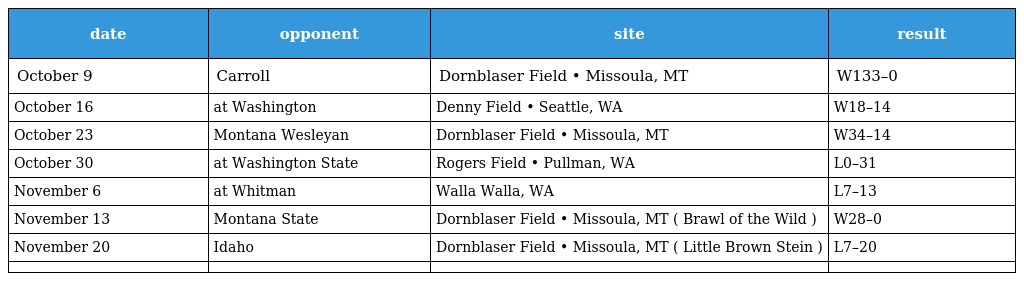
| date | opponent | site | result |
 | --- | --- | --- | --- |
 | October 9 | Carroll | Dornblaser Field • Missoula, MT | W133–0 |
 | October 16 | at Washington | Denny Field • Seattle, WA | W18–14 |
 | October 23 | Montana Wesleyan | Dornblaser Field • Missoula, MT | W34–14 |
 | October 30 | at Washington State | Rogers Field • Pullman, WA | L0–31 |
 | November 6 | at Whitman | Walla Walla, WA | L7–13 |
 | November 13 | Montana State | Dornblaser Field • Missoula, MT ( Brawl of the Wild ) | W28–0 |
 | November 20 | Idaho | Dornblaser Field • Missoula, MT ( Little Brown Stein ) | L7–20 |
 |  |  |  |  |